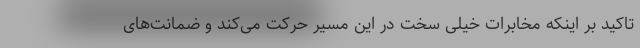
تاکید بر اینکه مخابرات خیلی سخت در این مسیر حرکت می‌کند و ضمانت‌های